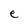
Character: e